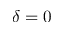
\delta = 0